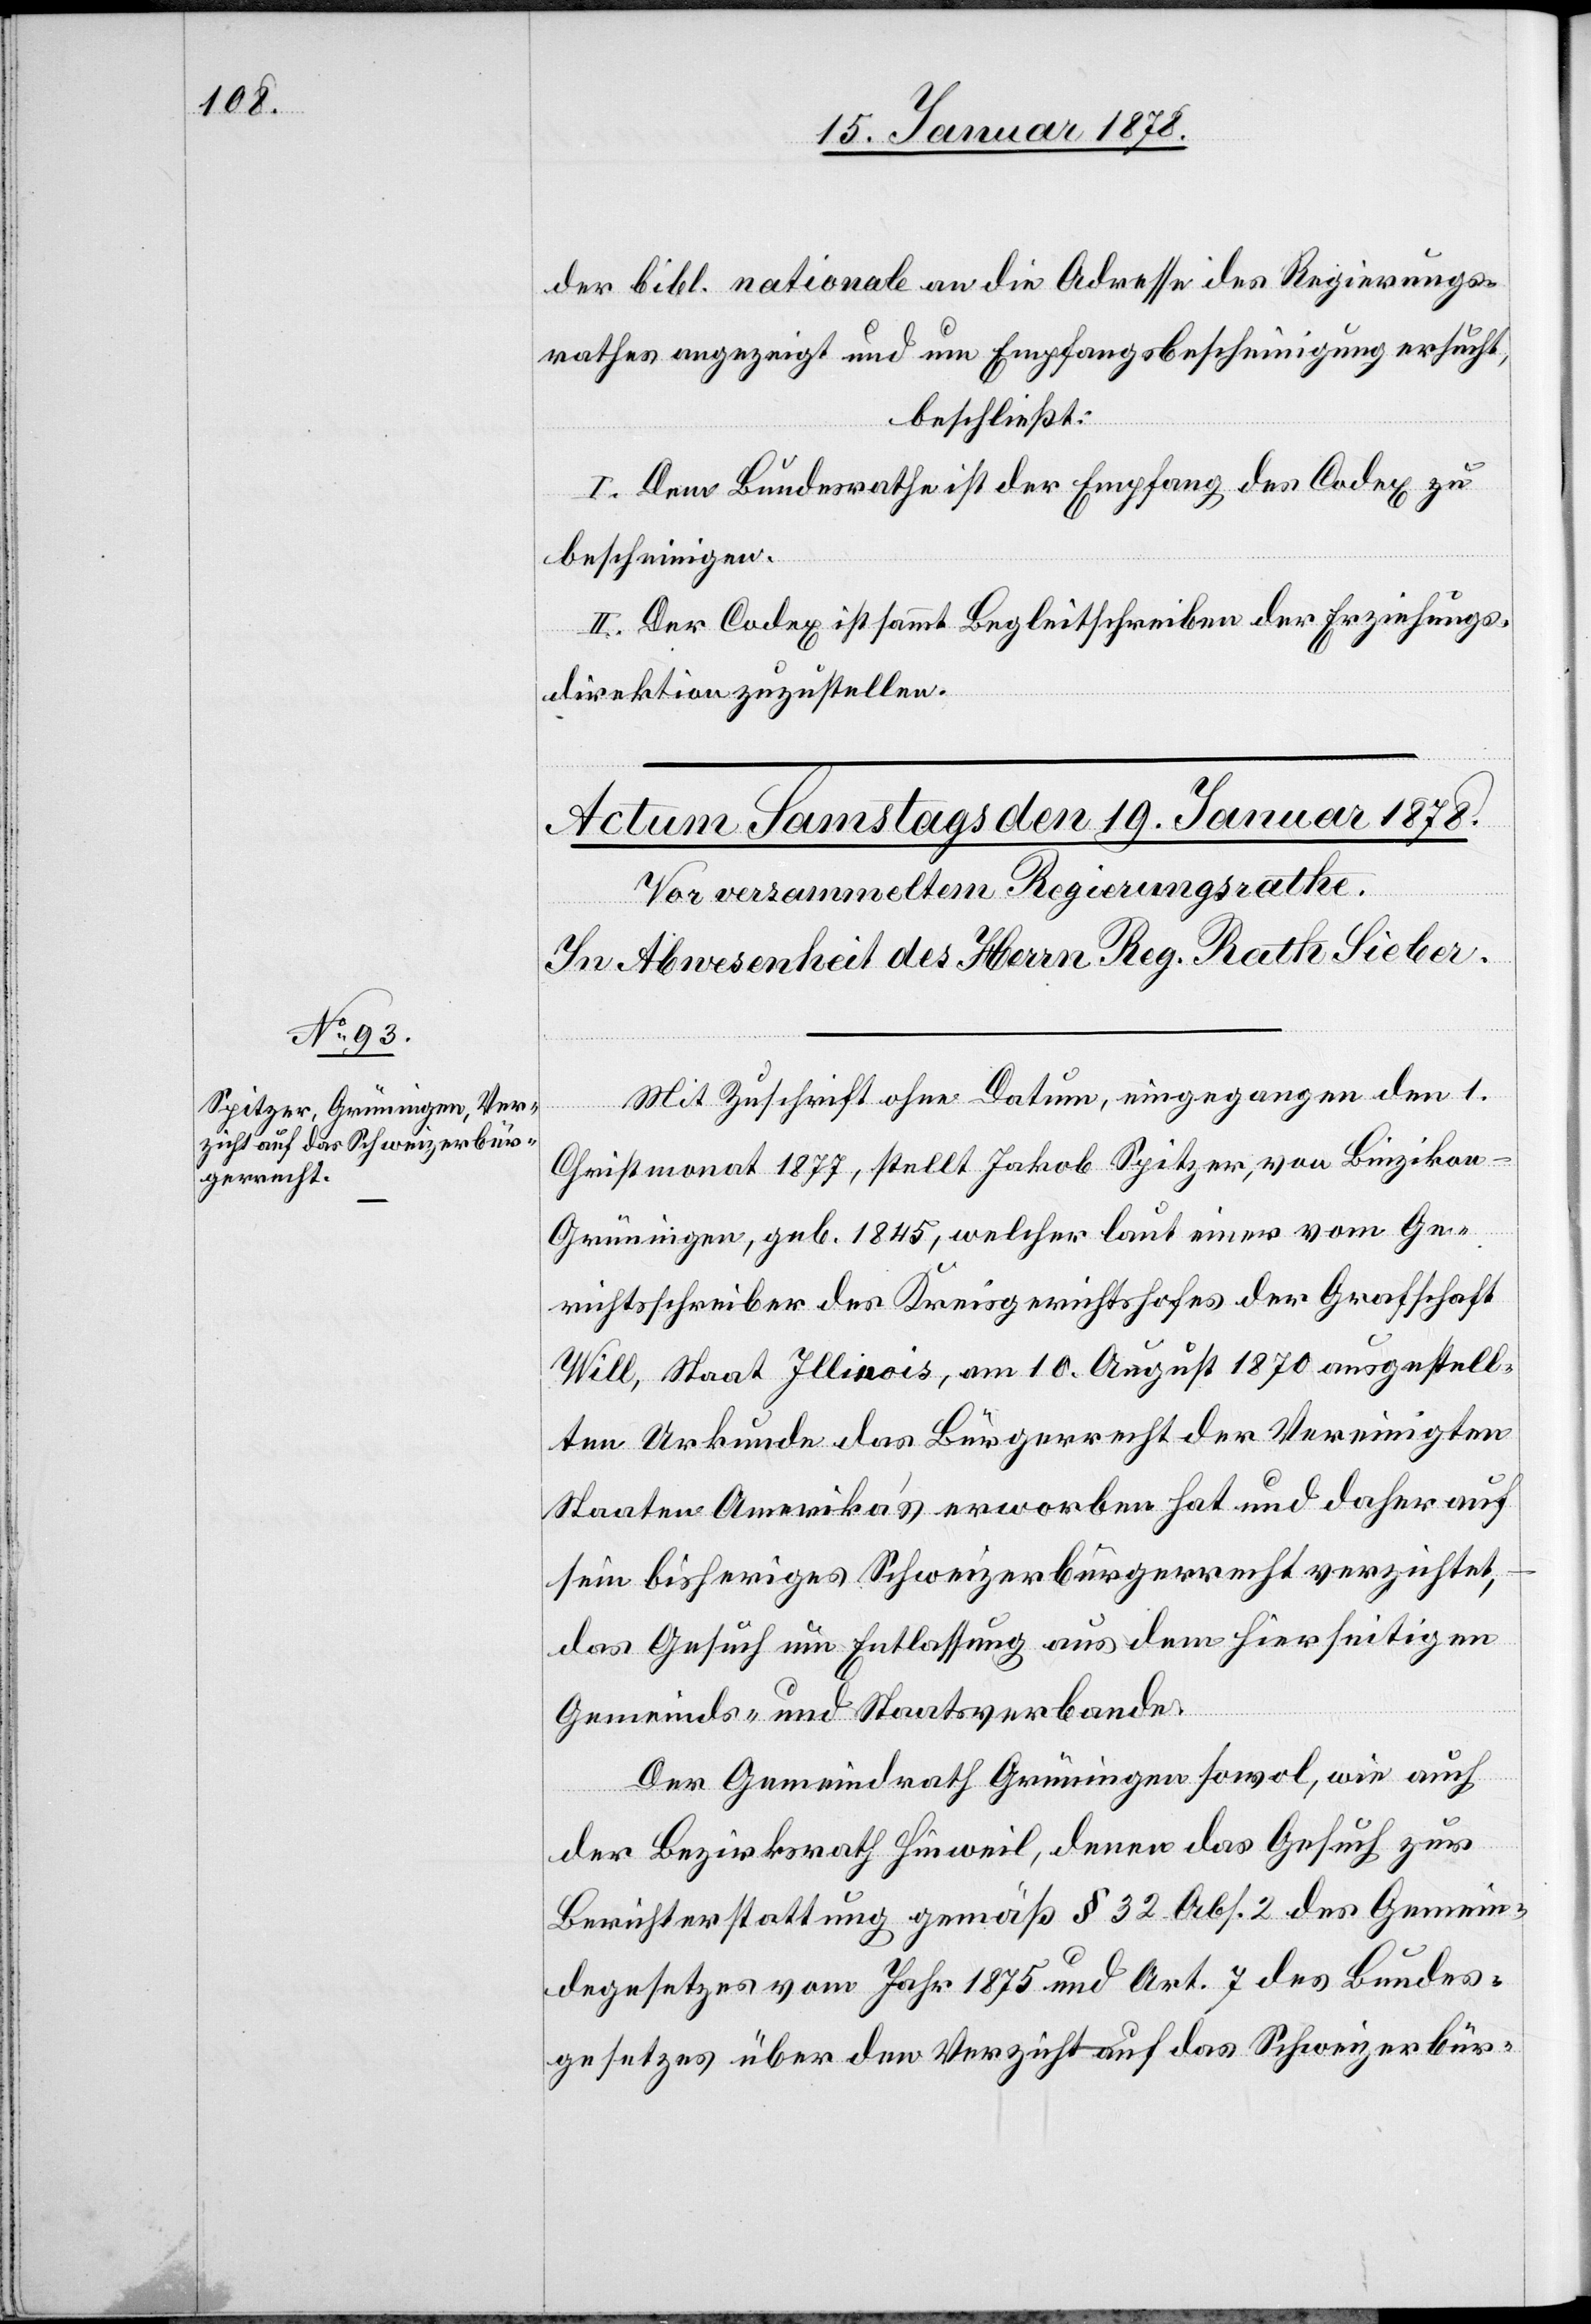
der bibl. nationale an die Adresse des Regierungs¬
rathes angezeigt und um Emfpangsbescheinigung ersucht,
beschließt:
I. Dem Bundesrathe ist der Empfang des Codex zu
bescheinigen.
II. Der Codex ist sammt Begleitschreiben der Erziehungs¬
direktion zuzustellen.
Mit Zuschrift ohne Datum, eingegangen den 1.
Christmonat 1877, stellt Jakob Spitzer, von Binzikon
-
Grüningen, geb. 1845, welcher laut einer vom Ge¬
richtsschreiber des Kreisgerichtshofes der Grafschaft
Will, Staat Illinois, am 10. August 1870 ausgestell¬
ten Urkunde das Bürgerrecht der Vereinigten
Staaten Amerika’s erworben hat und daher auf
sein bisheriges Schweizerbürgerrecht verzichtet,
das Gesuch um Entlassung aus dem hierseitigen
Gemeinds- und Staatsverbande.
Der Gemeindrath Grüningen sowol, wie auch
der Bezirksrath Hinweil, denen das Gesuch zur
Berichterstattung gemäß § 32, Abs. 2 des Gemein¬
degesetzes vom Jahr 1875 und Art. 7 des Bundes¬
gesetzes über den Verzicht auf das Schweizerbür-